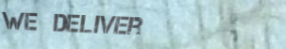
We Deliver